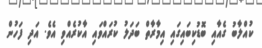
ކުއްލާބު ގެއާއި ބޮޑުކިބައިގައި އިމާރާތް ބަދަލު ކުރައްވައި އާކުރެއްވި އެވެ. އަދި ފަހުން